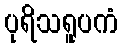
ပုရိသရူပကံ